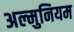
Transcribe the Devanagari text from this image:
अल्मुनियम